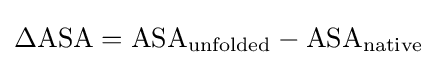
{\ce {\Delta ASA}}={\ce {ASA_{unfolded}}}-{\ce {ASA_{native}}}